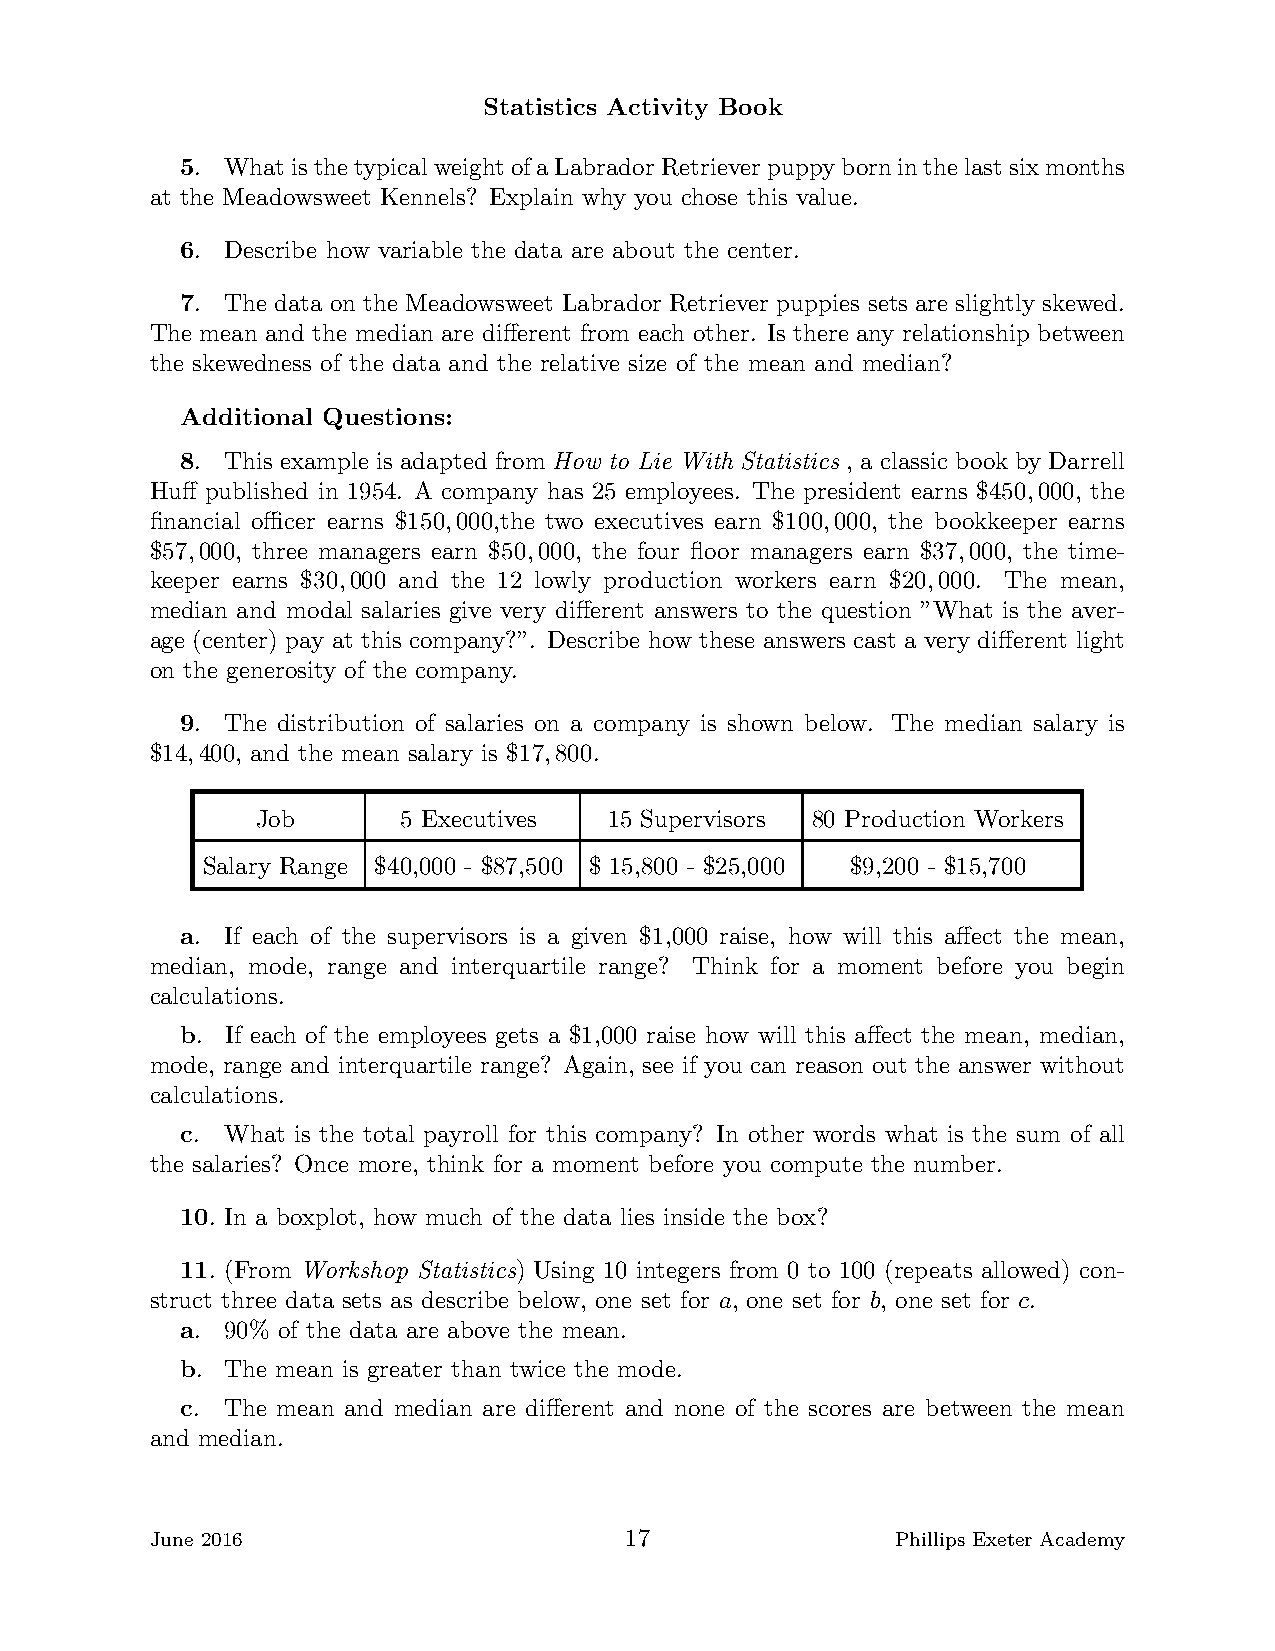
Statistics Activity Book
 5. WhatisthetypicalweightofaLabrador Retrieverpuppyborninthelastsixmonths
 at the Meadowsweet Kennels? Explain why you chose this value.
 6. Describe how variable the data are about the center.
 7. The data on the Meadowsweet Labrador Retriever puppies sets are slightly skewed.
 The mean and the median are different from each other. Is there any relationship between
 the skewedness of the data and the relative size of the mean and median?
 Additional Questions:
 8. This example is adapted from How to Lie With Statistics , a classic book by Darrell
 Huff published in 1954. A company has 25 employees. The president earns $450,000, the
 financial officer earns $150,000,the two executives earn $100,000, the bookkeeper earns
 $57,000, three managers earn $50,000, the four floor managers earn $37,000, the time-
 keeper earns $30,000 and the 12 lowly production workers earn $20,000. The mean,
 median and modal salaries give very different answers to the question ”What is the aver-
 age (center) pay at this company?”. Describe how these answers cast a very different light
 on the generosity of the company.
 9. The distribution of salaries on a company is shown below. The median salary is
 $14,400, and the mean salary is $17,800.
 Job      5 Executives  15 Supervisors 80 Production Workers
 Salary Range $40,000 - $87,500 $ 15,800 - $25,000 $9,200 - $15,700
 a. If each of the supervisors is a given $1,000 raise, how will this affect the mean,
 median, mode, range and interquartile range? Think for a moment before you begin
 calculations.
 b. If each of the employees gets a $1,000 raise how will this affect the mean, median,
 mode, range and interquartile range? Again, see if you can reason out the answer without
 calculations.
 c. What is the total payroll for this company? In other words what is the sum of all
 the salaries? Once more, think for a moment before you compute the number.
 10. In a boxplot, how much of the data lies inside the box?
 11. (From Workshop Statistics) Using 10 integers from 0 to 100 (repeats allowed) con-
 struct three data sets as describe below, one set for a, one set for b, one set for c.
 a. 90% of the data are above the mean.
 b. The mean is greater than twice the mode.
 c. The mean and median are different and none of the scores are between the mean
 and median.
 June 2016                      17                Phillips Exeter Academy